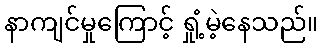
နာကျင်မှုကြောင့် ရှုံ့မဲ့နေသည်။